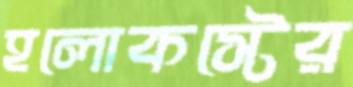
হলোকস্টের